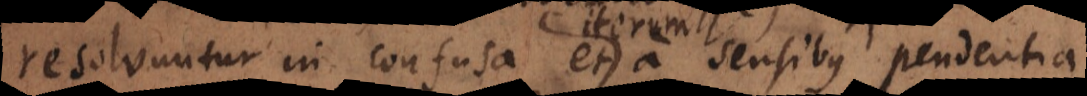
resolvuntur in confusa et a sensibus pendentia